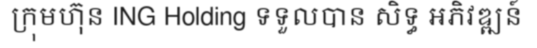
ក្រុមហ៊ុន ING Holding ទទួលបាន សិទ្ធ អភិវឌ្ឍន៍